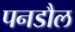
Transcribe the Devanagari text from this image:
पनडौल